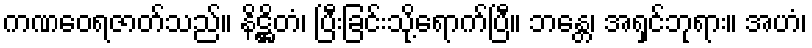
ကဏဝေရဇာတ်သည်။ နိဋ္ဌိတံ၊ ပြီးခြင်းသို့ရောက်ပြီ။ ဘန္တေ၊ အရှင်ဘုရား။ အဟံ၊